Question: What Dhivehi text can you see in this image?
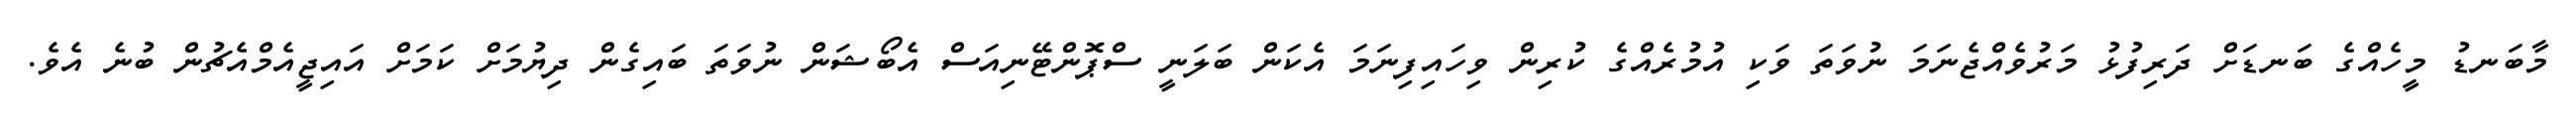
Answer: މާބަނޑު މީހެއްގެ ބަނޑަށް ދަރިފުޅު މަރުވެއްޖެނަމަ ނުވަތަ ވަކި އުމުރެއްގެ ކުރިން ވިހައިފިނަމަ އެކަން ބަލަނީ ސްޕޮންޓޭނިއަސް އެބޯޝަން ނުވަތަ ބައިގެން ދިޔުމަށް ކަމަށް އައިޖީއެމްއެޗުން ބުނެ އެވެ.